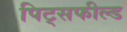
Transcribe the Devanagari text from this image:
पिट्सफील्ड